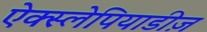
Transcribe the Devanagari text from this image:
ऐक्स्लेपियाडीज़